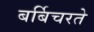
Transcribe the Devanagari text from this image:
बर्बिचरते